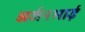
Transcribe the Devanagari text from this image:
अर्जनभाई